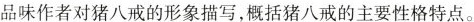
品味作者对猪八戒的形象描写，概括猪八戒的主要性格特点。